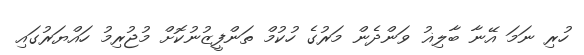
ހުރި ނަމަ އޭނާ ބާލިޣު ވަންދެން މަރުގެ ހުކުމް ތަންފީޒުނުކޮށް މުޖުރިމު ހައްޔަރުގައި